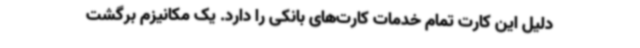
دلیل این کارت تمام خدمات کارت‌های بانکی را دارد. یک مکانیزم برگشت